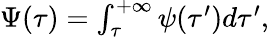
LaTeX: \begin{array}{r}{\Psi(\tau)=\int_{\tau}^{+\infty}{\psi(\tau^{\prime})d\tau^{\prime}},}\end{array}